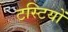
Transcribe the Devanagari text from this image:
टस्टियों